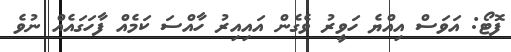
ފޮޓޯ: އަވަސް އިއްޔެ ހަވީރު ވެގެން އައިއިރު ހާއްސަ ކަމެއް ފާހަގައެއް ނުވެ